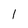
Character: 1